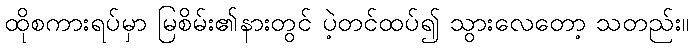
ထိုစကားရပ်မှာ မြစိမ်း၏နားတွင် ပဲ့တင်ထပ်၍ သွားလေတော့ သတည်း။